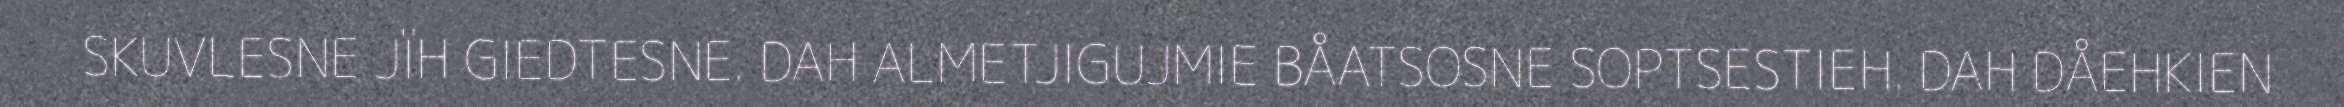
SKUVLESNE JÏH GIEDTESNE. DAH ALMETJIGUJMIE BÅATSOSNE SOPTSESTIEH. DAH DÅEHKIEN